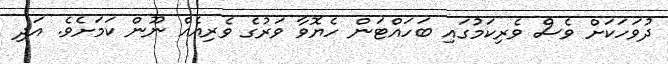
ދުވަހަކަށް ވެސް ވެރިކަމުގައި ބަހައްޓަން ހެޔޮވާ ވަރުގެ ވެރިއެއް ނޫން ކަމަށެވެ. އަދި